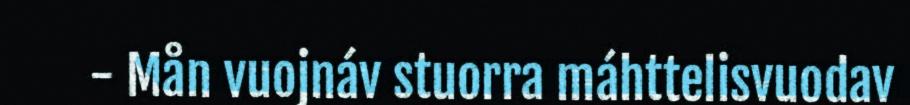
- Mån vuojnáv stuorra máhttelisvuodav